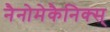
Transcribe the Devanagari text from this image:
नैनोमेकैनिक्स्